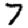
Digit: 7